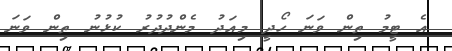
އެ ޓީމު ތިން ވަނަ ހޯދީ މިއަދު މެންދުދުރު ކުޅުނު ތިން ވަނަ